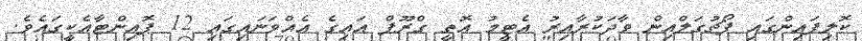
ކޮލިފައިންގައި ޕޯޗުގަލްއިން ވާދަކުރާއިރު އެޓީމު އޮތީ ގްރޫޕް އައިގެ އެއްވަނައިގައި 12 ޕޮއިންޓާއެކީގައެވެ.